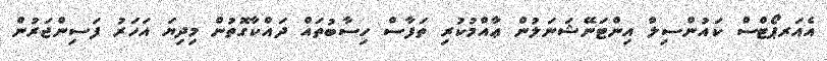
އެއަރޕޯޓްސް ކައުންސިލް އިންޓަނޭޝަނަލުން ޢާއްމުކުރި ތަފާސް ހިސާބުތައް ދައްކާގޮތުން މިދިޔަ އަހަރު ފަސިންޖަރުން